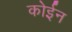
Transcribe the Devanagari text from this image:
कोईन